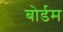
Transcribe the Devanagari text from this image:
बोर्डम